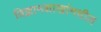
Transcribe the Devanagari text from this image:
विज्ञानशाखांमधील